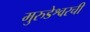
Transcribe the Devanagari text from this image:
मुरुडेश्वरची